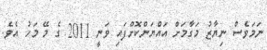
ނަމަވެސް ނިޔާޒު މަގާމަށް އައްޔަންކޮށްފައި ވަނީ 2011 ގެ މޭ މަހު އެވެ.